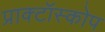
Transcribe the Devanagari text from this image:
प्राक्टॉस्कोप